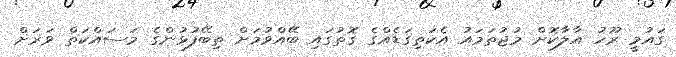
ގައުމީ ރޫހު އާލާކޮށް މުޖުތަމައު އެކަތިގަޑެއްގެ ގޮތުގައި ބޭއްވުމަށް ތިބޭފުޅުންގެ މަސައްކަތް ވަރަށް